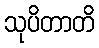
သုပိတာတိ